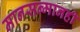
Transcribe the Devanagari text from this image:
मानसन्मानही